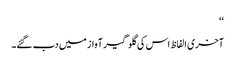
‘‘
آخری الفاظ اس کی گلوگیر آواز میں دب گئے۔